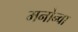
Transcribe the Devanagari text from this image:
मनोन्वा